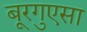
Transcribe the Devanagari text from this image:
बूरगुएसा